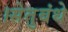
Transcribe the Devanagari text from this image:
।सेतुबंधे